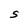
Character: S